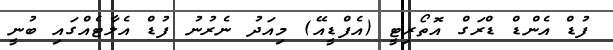
ފުޑް އެންޑް ޑްރަގް އޮތޯރިޓީ (އެފްޑީއޭ) މިއަދު ނެރުނު ފުޑް އެލާޓެއްގައި ބުނީ